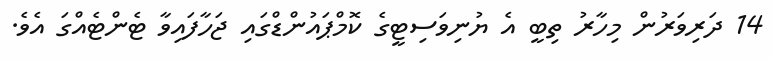
14 ދަރިވަރުން މިހާރު ތިބީ އެ ޔުނިވަސިޓީގެ ކޮމްޕައުންޑްގައި ޖަހާފައިވާ ޓެންޓެއްގަ އެވެ.